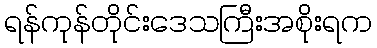
ရန်ကုန်တိုင်းဒေသကြီးအစိုးရက